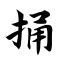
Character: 捅